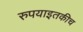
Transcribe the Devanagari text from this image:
रुपयाइतकीच